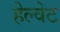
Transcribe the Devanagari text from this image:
हेल्वेट